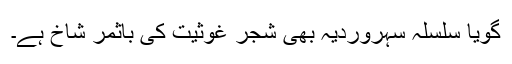
گویا سلسلہ سہروردیہ بھی شجرِ غوثیت کی باثمر شاخ ہے۔